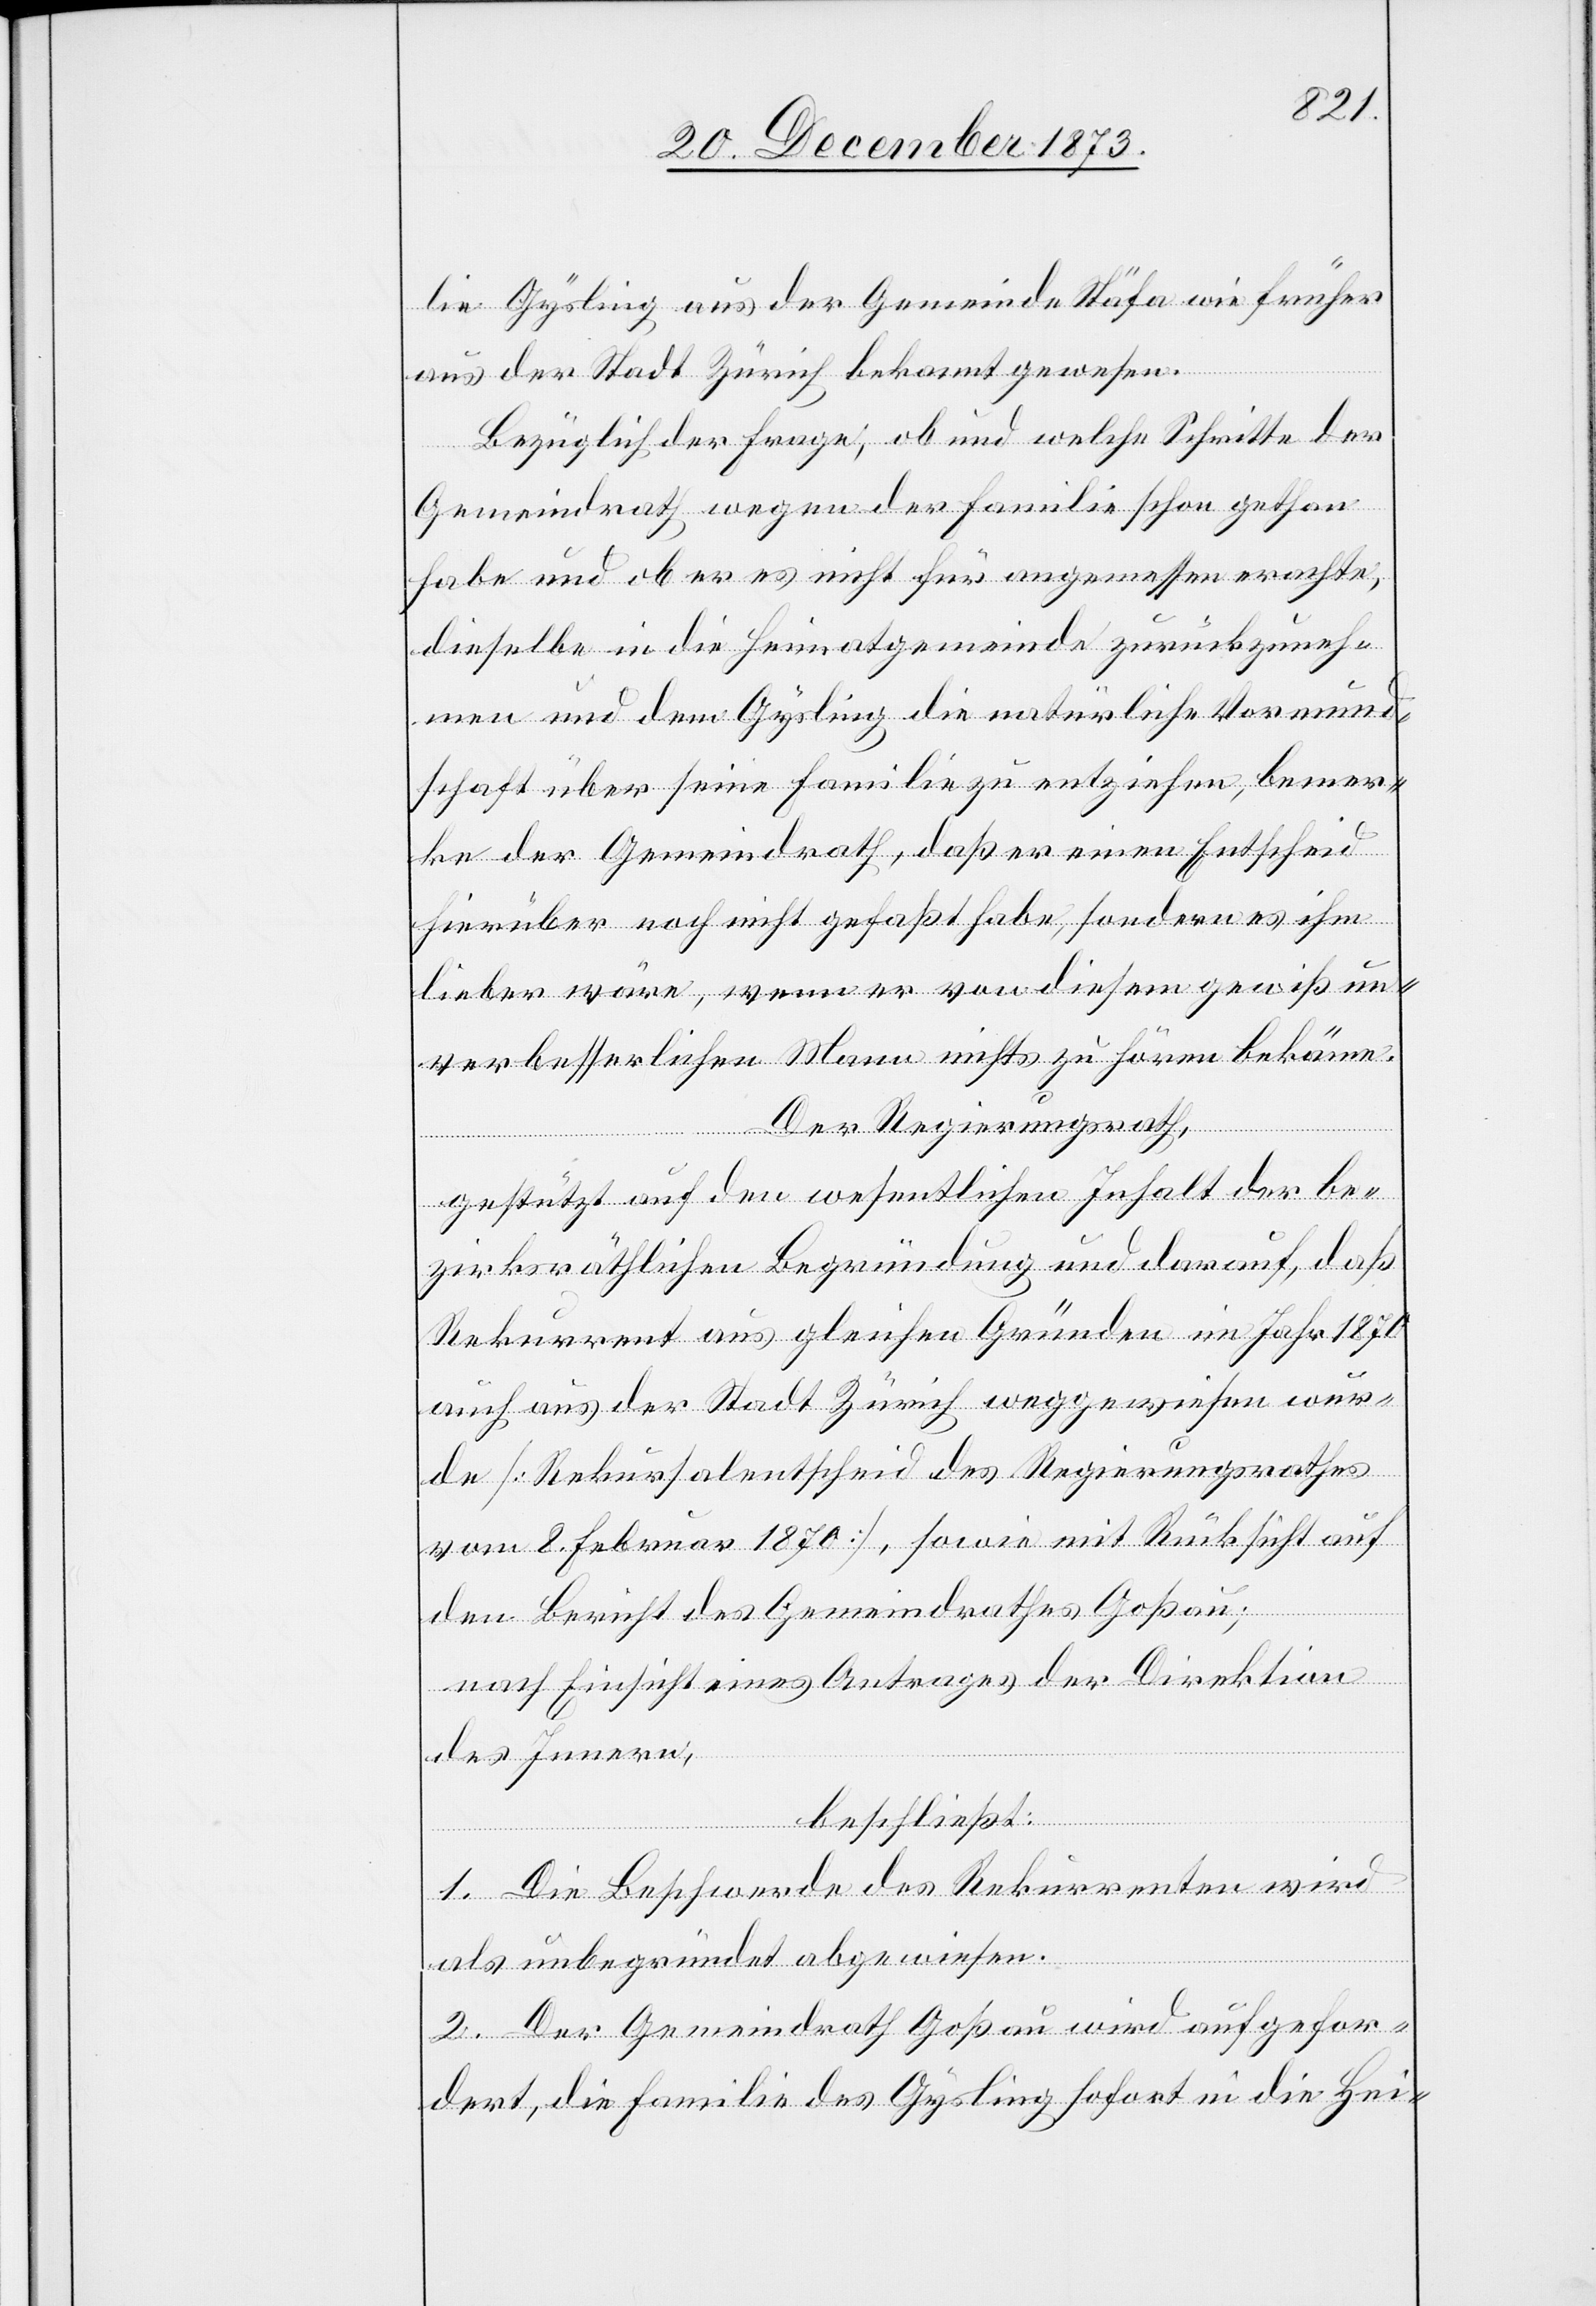
lie Gysling aus der Gemeinde Stäfa wie früher
aus der Stadt Zürich bekannt gewesen.
Bezüglich der Frage, ob und welche Schritte der
Gemeindrath wegen der Familie schon gethan
habe und ob er es nicht für angemessen erachte,
dieselbe in die Heimatgemeinde zurückzuneh¬
men und dem Gysling die natürliche Vormund¬
schaft über seine Familie zu entziehen, bemer¬
ke der Gemeindrath, daß er einen Entscheid
hierüber noch nicht gefaßt habe, sondern es ihm
lieber wäre, wenn er von diesem gewiß un¬
verbesserlichen Mann nichts zu hören bekäme.
Der Regierungsrath,
gestützt auf den wesentlichen Inhalt der be¬
zirksräthlichen Begründung und darauf, daß
Rekurrent aus gleichen Gründen im Jahr 1870
auch aus der Stadt Zürich weggewiesen wur¬
de [Rekursalentscheid des Regierungsrathes
vom 8. Februar 1870], sowie mit Rücksicht auf
den Bericht des Gemeindrathes Goßau;
nach Einsicht eines Antrages der Direktion
des Innern,
beschließt:
1. Die Beschwerde des Rekurrenten wird
als unbegründet abgewiesen.
2. Der Gemeindrath Goßau wird aufgefor¬
dert, die Familie des Gysling sofort in die Hei-